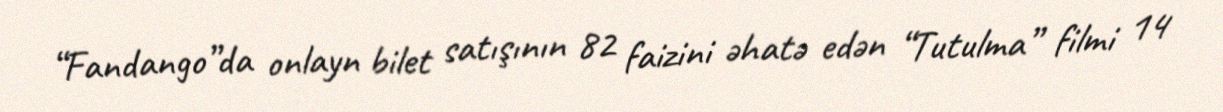
“Fandango”da onlayn bilet satışının 82 faizini əhatə edən “Tutulma” filmi 14